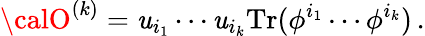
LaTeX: {\calO}^{(k)}=\mathit{u}_{i_{1}}\cdots\mathit{u}_{i_{k}}\mathrm{{Tr}}(\phi^{i_{1}}\cdots\phi^{i_{k}})\, .